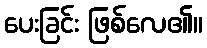
ပေးခြင်း ဖြစ်လေ၏။